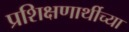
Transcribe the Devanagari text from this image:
प्रशिक्षणार्थीच्या